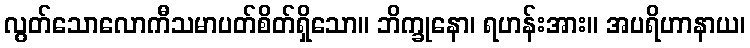
လွတ်သောလောကီသမာပတ်စိတ်ရှိသော။ ဘိက္ခုနော၊ ရဟန်းအား။ အပရိဟာနာယ၊